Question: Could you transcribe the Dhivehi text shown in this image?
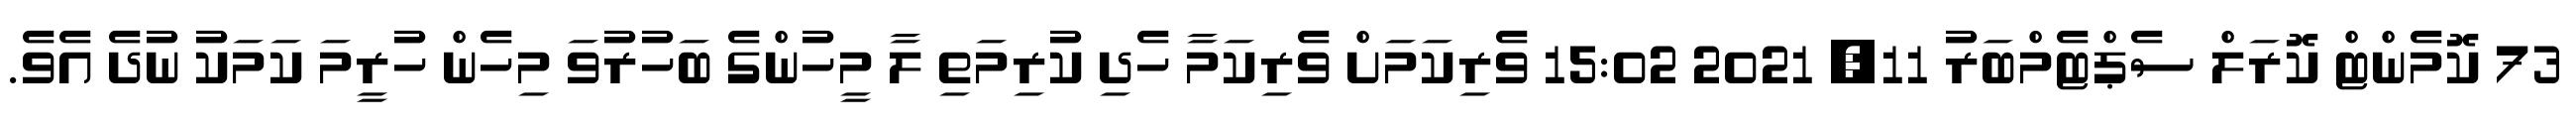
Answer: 73 ކޮމެންޓް ކޮރަލް ސެޕްޓެމްބަރު 11, 2021 15:02 ވެރިކަމަށް ވެރިކަމާ ހެދި ކުރިމަތި ލާ މީހުންގެ ބަހުރުވަ މިހެން ހުރީމަ ކަމަކު ނުދެ އެވެ.